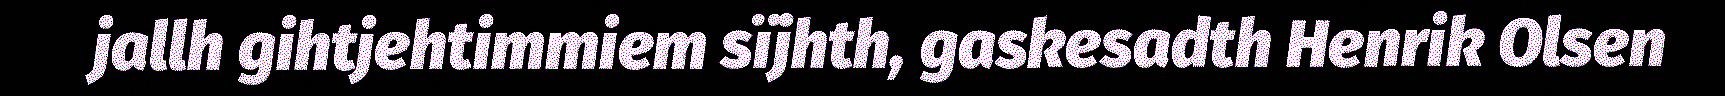
jallh gihtjehtimmiem sïjhth, gaskesadth Henrik Olsen